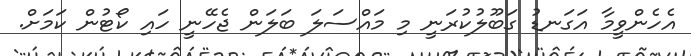
އެހެންވީމާ އަގަނޑު ގަބޫލުކުރަނީ މި މައްސަލަ ބަލަން ޖެހޭނީ ހައި ކޯޓުން ކަމަށް.